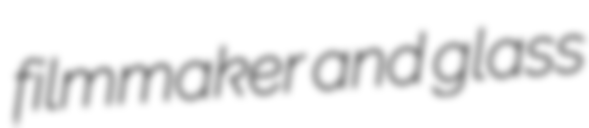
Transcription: filmmaker and glass